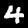
Digit: 4